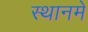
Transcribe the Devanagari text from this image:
स्थानमे